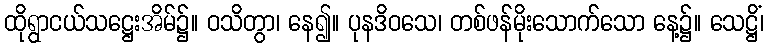
ထိုရွာငယ်သဋ္ဌေးအိမ်၌။ ဝသိတွာ၊ နေ၍။ ပုနဒိဝသေ၊ တစ်ဖန်မိုးသောက်သော နေ့၌။ သေဋ္ဌိံ၊